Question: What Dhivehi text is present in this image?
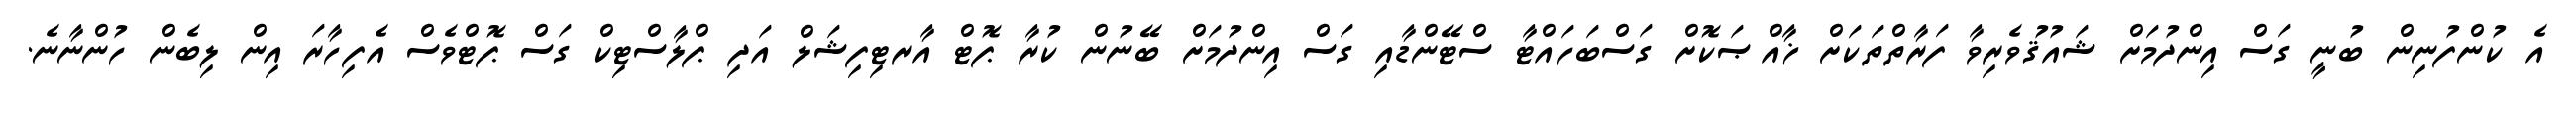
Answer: އެ ކުންފުނިން ބުނީ ގަސް އިންދުމަށް ޝައުޤުވެރިވާ ފަރާތްތަކަށް ޚާއްޞަކޮށް ގަސްބަހައްޓާ ސްޓޭންޑާއި ގަސް އިންދުމަށް ބޭނުން ކުރާ ޕޮޓް އާރޓިފިޝަލް އަދި ޕްލާސްޓިކް ގަސް ޕޮޓްވެސް އެފިހާރަ އިން ލިބެން ހުންނާނެ.